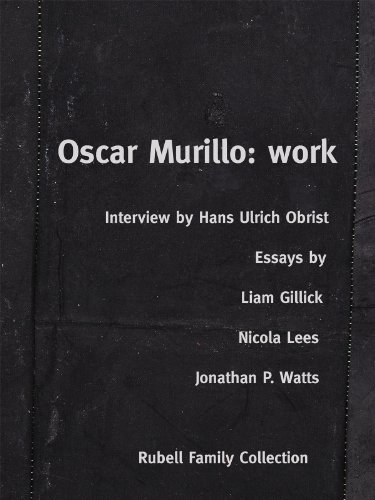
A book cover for Oscar Murillo: Work; Liam Gillick; Arts & Photography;